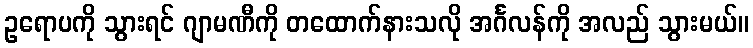
ဥရောပကို သွားရင် ဂျာမဏီကို တထောက်နားသလို အင်္ဂလန်ကို အလည် သွားမယ်။